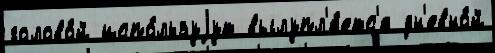
голово́й испо́льзуjут вылупл'я́етс'я дн'евно́й